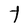
Character: t